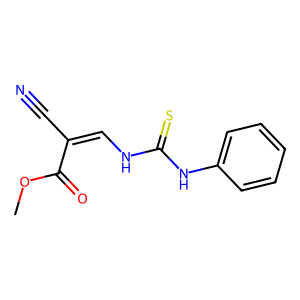
SMILES: COC(=O)C(C#N)=CNC(=S)Nc1ccccc1
Inhibits HIV replication: No